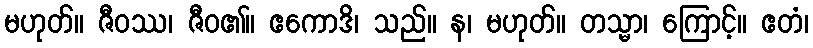
မဟုတ်။ ဇီဝဿ၊ ဇီဝ၏။ ဧကောဒိ၊ သည်။ န၊ မဟုတ်။ တသ္မာ၊ ကြောင့်။ ဧတံ၊